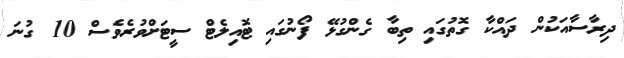
ދިރާސާއަކުން ދައްކާ ގޮތުގައި ތިބާ ގެންގުޅޭ ފޯނުގައި ޓޮއިލެޓް ސީޓަށްވުރެވެސް 10 ގުނަ